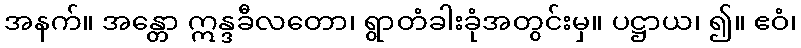
အနက်။ အန္တော ဣန္ဒခီလတော၊ ရွာတံခါးခုံအတွင်းမှ။ ပဋ္ဌာယ၊ ၍။ ဧဝံ၊